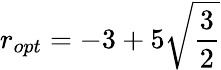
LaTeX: r_{opt}=-3+5\sqrt{\frac{3}{2}}